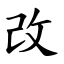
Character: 改